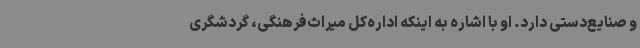
و صنایع‌دستی دارد. او با اشاره به اینکه اداره‌کل میراث‌فرهنگی، گردشگری